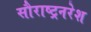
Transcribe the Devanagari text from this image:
सौराष्ट्रनरेश